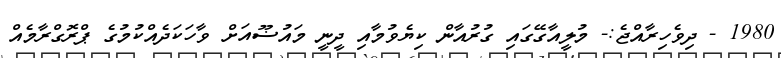
1980 - ދިވެހިރާއްޖެ:- މުލީއާގޭގައި ގުރުއާން ކިޔެވުމާއި ދީނީ މައުޟޫއަށް ވާހަކަދެއްކުމުގެ ޕްރޮގްރާމެއް